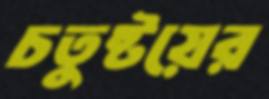
চতুষ্টয়ের